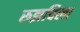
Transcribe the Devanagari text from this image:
रुझविला